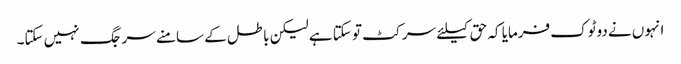
انہوں نے دوٹوک فرمایا کہ حق کیلئے سر کٹ تو سکتا ہے لیکن باطل کے سامنے سر جگ نہیں سکتا۔